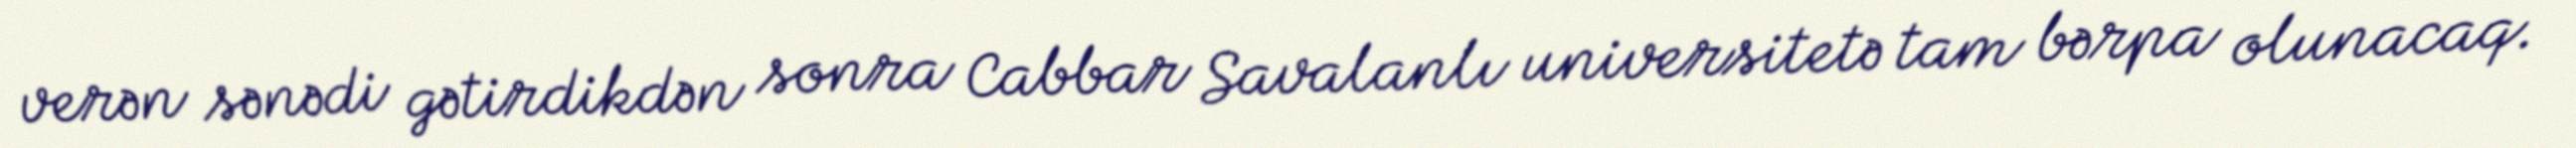
verən sənədi gətirdikdən sonra Cabbar Savalanlı universitetə tam bərpa olunacaq.